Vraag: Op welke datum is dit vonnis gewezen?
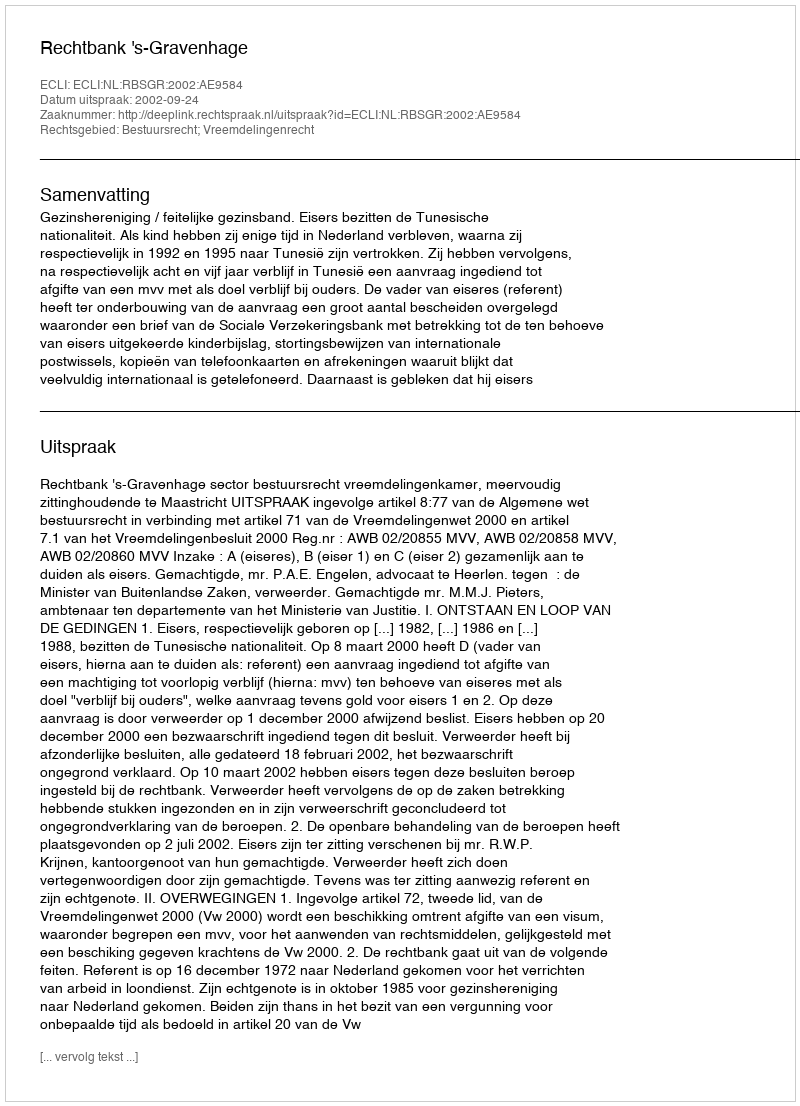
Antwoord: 2002-09-24